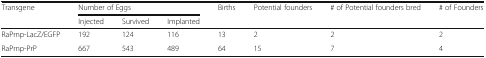
| Transgene | <COLSPAN=3> Number of Eggs | Births | Potential founders | # of Potential founders bred | # of Founders |
 |  | Injected | Survived | Implanted |  |  |  |  |
 | --- | --- | --- | --- | --- | --- | --- | --- |
 | RaPrnp-LacZ/EGFP | 192 | 124 | 116 | 13 | 2 | 2 | 2 |
 | RaPrnp-PrP | 667 | 543 | 489 | 64 | 15 | 7 | 4 |